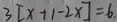
3 [ x + 1 - 2 \times ] = 6